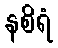
နစိရံ